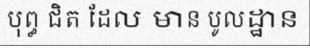
បុព្ធ ជិត ដែល មាន បូលដ្ឋាន